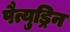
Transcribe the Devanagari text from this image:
पैत्युड्रिन